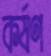
কর্ষণ